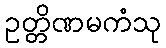
ဥတ္တိဏမကံသု